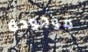
موجودة